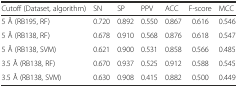
| Cutoff (Dataset, algorithm) | SN | SP | PPV | ACC | F-score | MCC |
 | --- | --- | --- | --- | --- | --- | --- |
 | 5 Å (RB195, RF) | 0.720 | 0.892 | 0.550 | 0.867 | 0.616 | 0.546 |
 | 5 Å (RB138, RF) | 0.678 | 0.910 | 0.568 | 0.876 | 0.618 | 0.547 |
 | 5 Å (RB138, SVM) | 0.621 | 0.900 | 0.531 | 0.858 | 0.566 | 0.485 |
 | 3.5 Å (RB138, RF) | 0.670 | 0.937 | 0.525 | 0.912 | 0.588 | 0.545 |
 | 3.5 Å (RB138, SVM) | 0.630 | 0.908 | 0.415 | 0.882 | 0.500 | 0.449 |